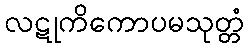
လဋုကိကောပမသုတ္တံ